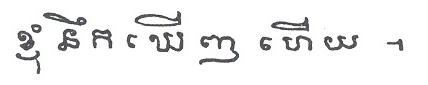
ខ្ញុំនឹក ឃើញ ហើយ ។